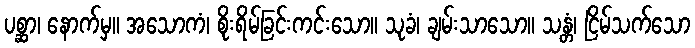
ပစ္ဆာ၊ နောက်မှ။ အသောကံ၊ စိုးရိမ်ခြင်းကင်းသော။ သုခံ၊ ချမ်းသာသော။ သန္တံ၊ ငြိမ်သက်သော